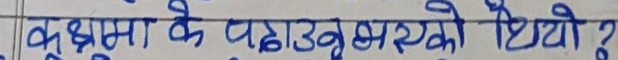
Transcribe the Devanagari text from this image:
वृक्षमा के पढाउनुपरेको थियो ?